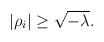
LaTeX: \begin{align*} |\rho_i| \geq \sqrt{-\lambda}.\end{align*}